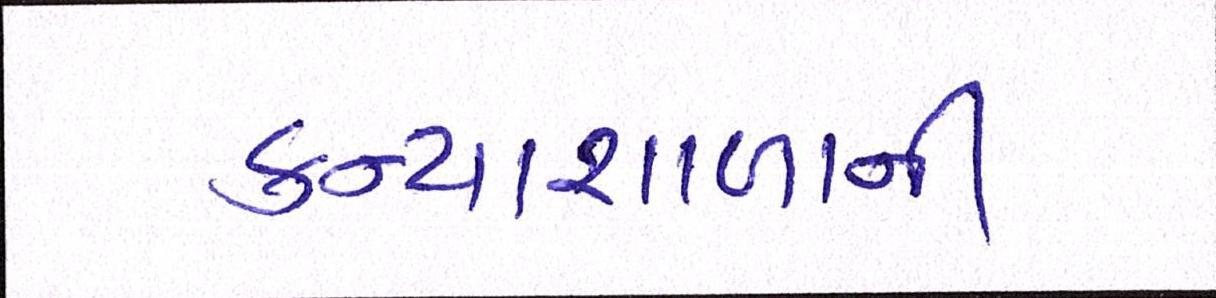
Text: કન્યાશાળાની